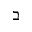
\beth